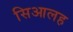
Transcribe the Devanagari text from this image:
सिआलह